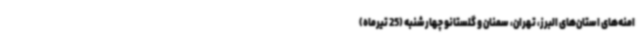
امنه‌های استان‌های البرز، تهران، سمنان و گلستانو چهارشنبه (25 تیرماه)